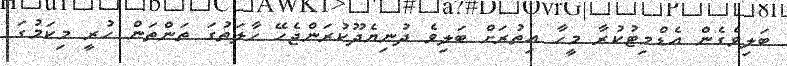
ބަލިވެގެން އެޑްމިޓުކުރާ މީހާ އިތުރަށް ބަލިވެ ދުނިޔެދޫކުރަންޖެހޭ ހާލަތުގަ ތަންތަން ހުރީ މިކަމުގަ